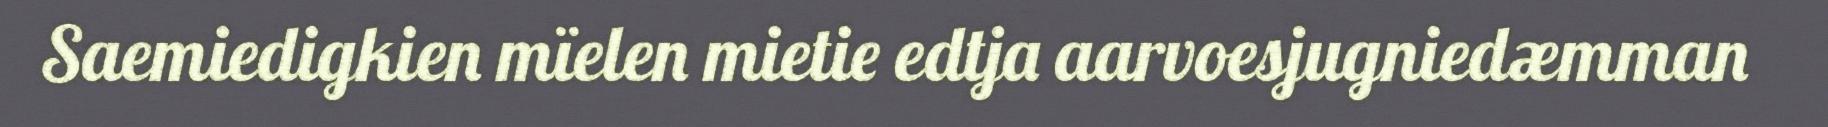
Saemiedigkien mïelen mietie edtja aarvoesjugniedæmman